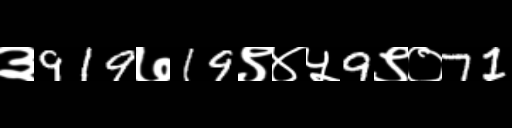
Text: ३919७19९४५9९०71